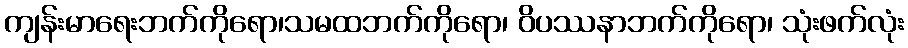
ကျန်းမာရေးဘက်ကိုရော၊သမထဘက်ကိုရော၊ ဝိပဿနာဘက်ကိုရော၊ သုံးဖက်လုံး